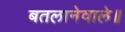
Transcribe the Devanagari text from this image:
बतलानेवाले॥